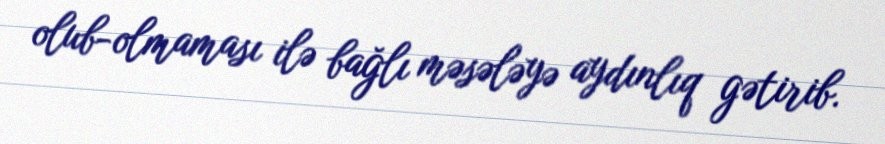
olub-olmaması ilə bağlı məsələyə aydınlıq gətirib.